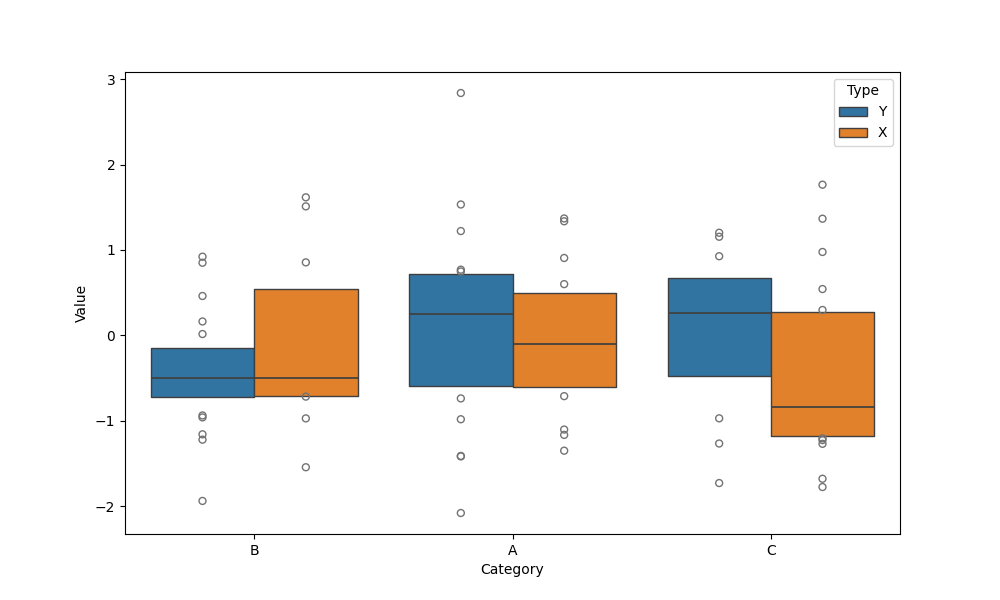
python, seaborn, boxenplot, k_depth='tukey', linewidth=1, scale='exponential', outlier_prop=0.1, showfliers=True